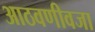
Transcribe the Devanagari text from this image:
आठवणीवजा